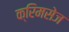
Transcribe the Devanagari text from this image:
क्रिमसेज